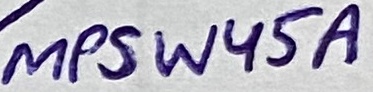
Text: MPSW45A